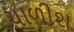
ચાળીશ